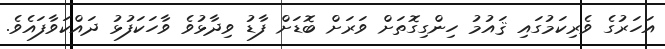
އަހަރުގެ ވެރިކަމުގައި ޤައުމު ހިންގިގޮތަށް ވަރަށް ބޮޑަށް ފާޑު ވިދާޅުވެ ވާހަކަފުޅު ދައްކަވާފައެވެ.